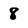
Character: 8